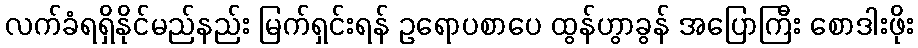
လက်ခံရရှိနိုင်မည်နည်း မြက်ရှင်းရန် ဥရောပစာပေ ထွန်ဟွာခွန် အပြောကြီး စောဒါးဖိုး